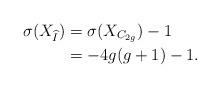
LaTeX: \begin{align*}\sigma(X_{\widehat{I}}) &= \sigma(X_{C_{2g}})-1 \\ &=-4g(g+1)-1. \end{align*}